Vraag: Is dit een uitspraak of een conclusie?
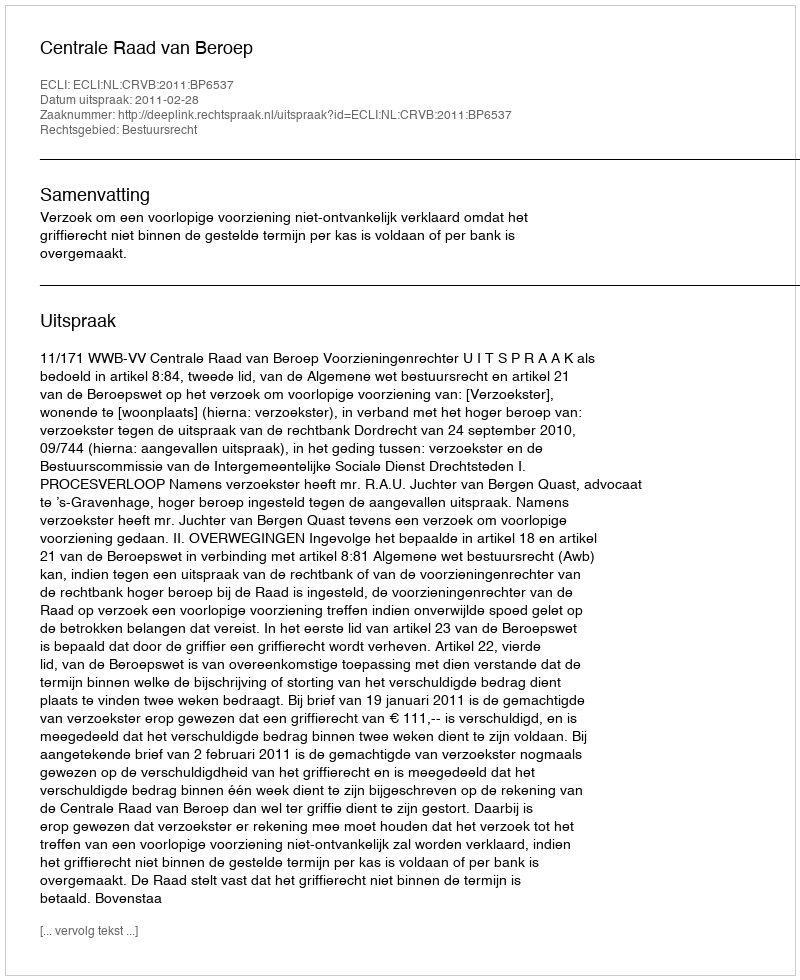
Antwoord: Uitspraak